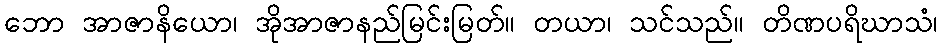
ဘော အာဇာနိယော၊ အိုအာဇာနည်မြင်းမြတ်။ တယာ၊ သင်သည်။ တိဏပရိဃာသံ၊